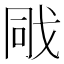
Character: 戙